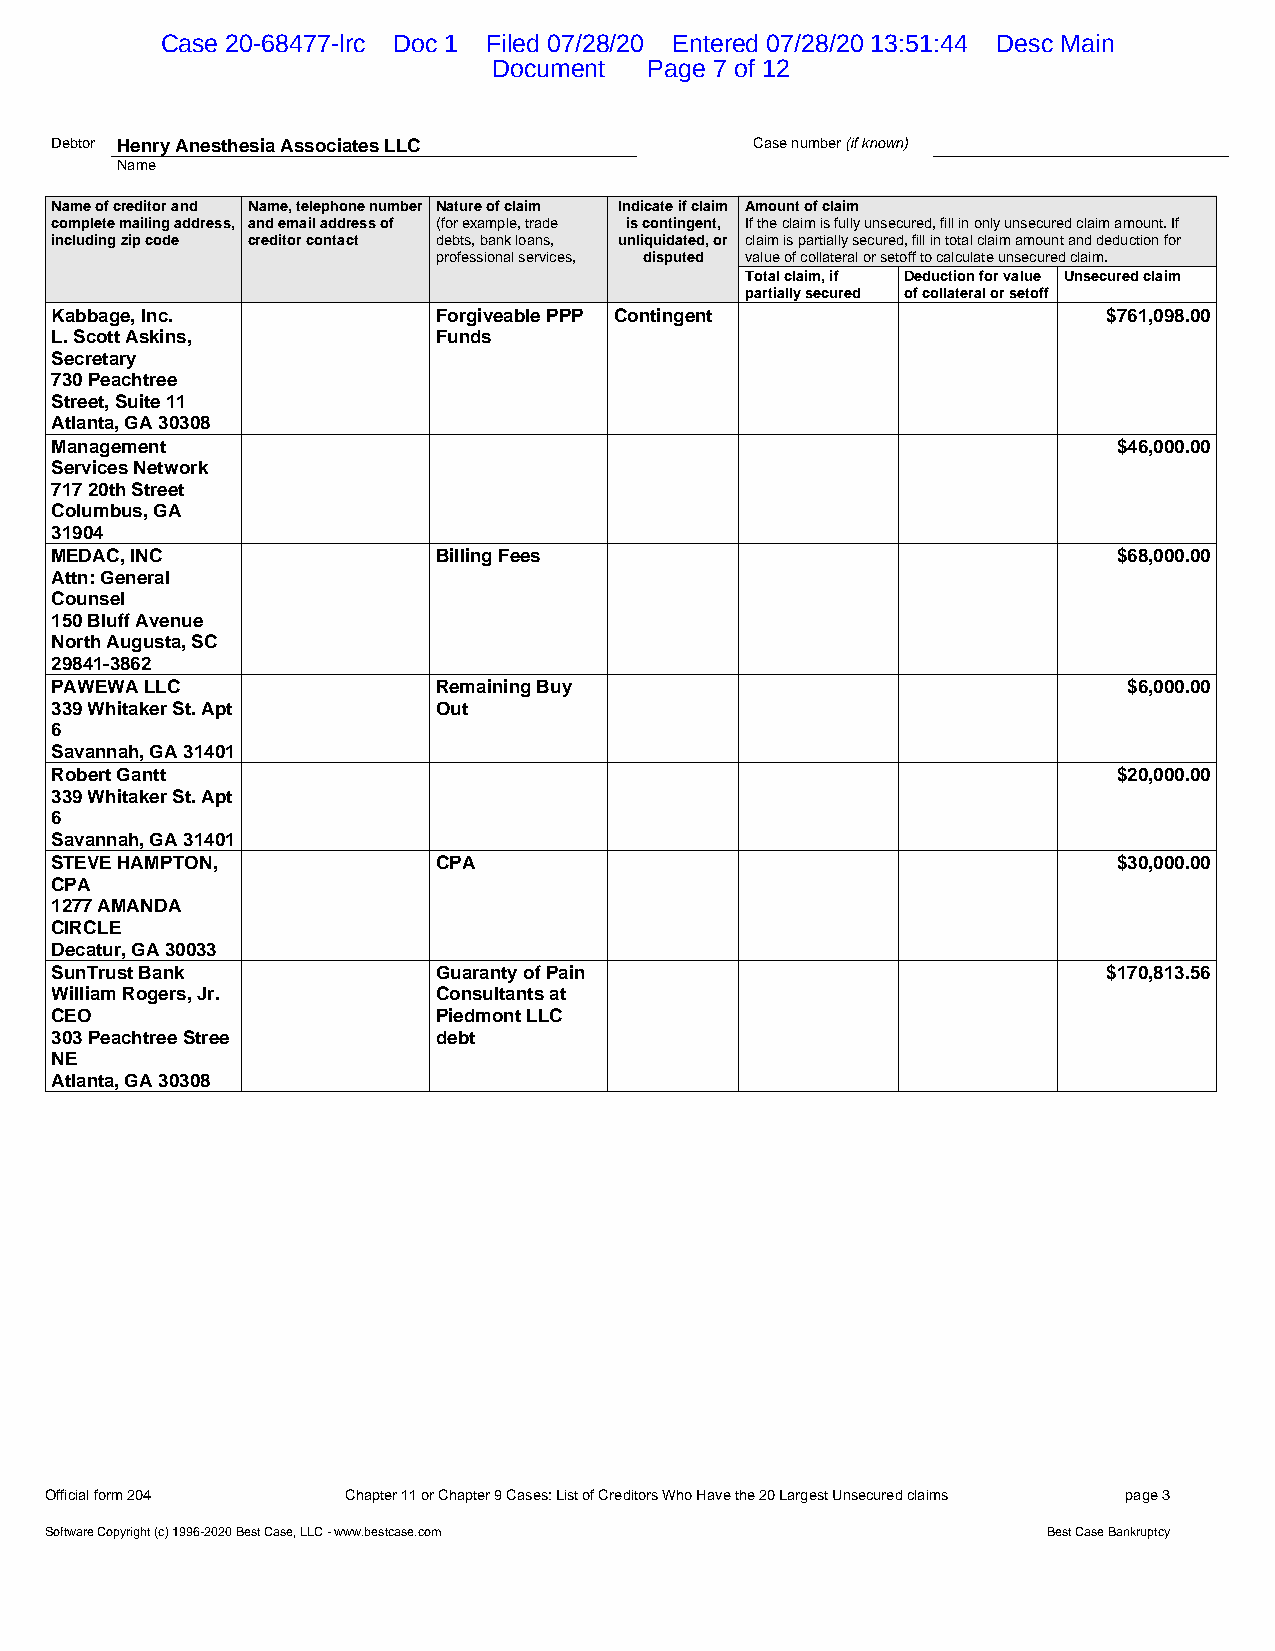
Case 20-68477-lrc Doc 1 Filed 07/28/20 Entered 07/28/20 13:51:44 Desc Main
 Document  Page 7 of 12
 Debtor Henry Anesthesia Associates LLC         Case number (if known)
 Name
 Name of creditor and Name, telephone number Nature of claim Indicate if claim Amount of claim
 complete mailing address, and email address of (for example, trade is contingent, If the claim is fully unsecured, fill in only unsecured claim amount. If
 including zip code creditor contact debts, bank loans, unliquidated, or claim is partially secured, fill in total claim amount and deduction for
 professional services, disputed value of collateral or setoff to calculate unsecured claim.
 and government      Total claim, if Deduction for value Unsecured claim
 contracts)          partially secured of collateral or setoff
 Kabbage, Inc.             Forgiveable PPP Contingent                  $761,098.00
 L. Scott Askins,          Funds
 Secretary
 730 Peachtree
 Street, Suite 11
 Atlanta, GA 30308
 Management                                                             $46,000.00
 Services Network
 717 20th Street
 Columbus, GA
 31904
 MEDAC, INC                Billing Fees                                 $68,000.00
 Attn: General
 Counsel
 150 Bluff Avenue
 North Augusta, SC
 29841-3862
 PAWEWA LLC                Remaining Buy                                 $6,000.00
 339 Whitaker St. Apt      Out
 6
 Savannah, GA 31401
 Robert Gantt                                                           $20,000.00
 339 Whitaker St. Apt
 6
 Savannah, GA 31401
 STEVE HAMPTON,            CPA                                          $30,000.00
 CPA
 1277 AMANDA
 CIRCLE
 Decatur, GA 30033
 SunTrust Bank             Guaranty of Pain                            $170,813.56
 William Rogers, Jr.       Consultants at
 CEO                       Piedmont LLC
 303 Peachtree Stree       debt
 NE
 Atlanta, GA 30308
 Official form 204   Chapter 11 or Chapter 9 Cases: List of Creditors Who Have the 20 Largest Unsecured claims page 3
 Software Copyright (c) 1996-2020 Best Case, LLC - www.bestcase.com Best Case Bankruptcy